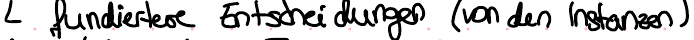
fundiertere Entscheidungen (von den Instanzen)